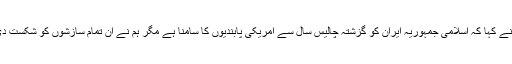
انہوں نے کہا کہ اسلامی جمہوریہ ایران کو گزشتہ چالیس سال سے امریکی پابندیوں کا سامنا ہے مگر ہم نے ان تمام سازشوں کو شکست دی ہے۔